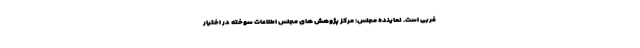
غربی است. نماینده مجلس: مرکز پژوهش ‌های مجلس اطلاعات سوخته در اختیار